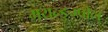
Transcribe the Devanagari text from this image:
मयन्ङुम्पोल्